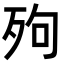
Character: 𣧬